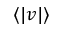
\langle | v | \rangle